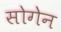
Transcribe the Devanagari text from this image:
सोगेन